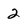
Character: 2